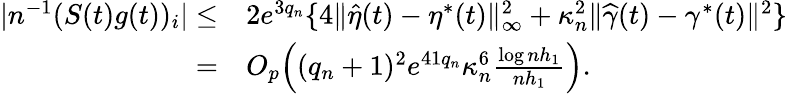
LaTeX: \begin{array}{rl}{|n^{-1}(S(t)g(t))_{i}|\le}&{2e^{3q_{n}}\{ 4\| \widehat{\eta}(t)-\eta^{*}(t)\| _{\infty}^{2}+\kappa_{n}^{2}\| \widehat{\gamma}(t)-\gamma^{*}(t)\| ^{2}\} }\\ {=}&{O_{p}\Big((q_{n}+1)^{2}e^{41q_{n}}\kappa_{n}^{6}\frac{\log nh_{1}}{nh_{1}}\Big).}\end{array}